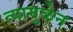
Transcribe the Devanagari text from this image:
त्यामुळेन